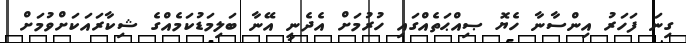
ގިނަ ފަހަރު އިންސާނާ ހެޔޮ ޞިއްޙަތެއްގައި ހުރުމަށް އެދެނީ އޭނާ ބަލިމަޑުކަމެއްގެ ޝިކާރައަކަށްވުމަށް